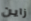
زاين